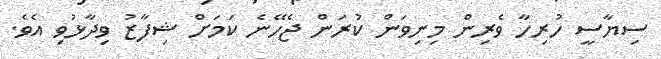
ސިޔާސީ ހުރިހާ ވެރިން މިނިވަން ކުރަން ޖެހޭނެ ކަމަށް ޝިފާޒު ވިދާޅުވި އެވެ.